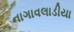
નાગાવલાડીયા